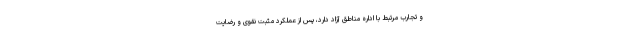
و تجارب مرتبط با اداره مناطق آزاد دارد، پس از عملکرد مثبت نقوی و رضایت